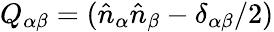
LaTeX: Q_{\alpha\beta}=(\hat{n}_{\alpha}\hat{n}_{\beta}-\delta_{\alpha\beta}/2)